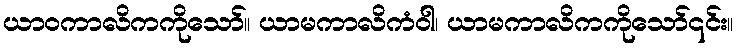
ယာဝကာလိကကိုသော်။ ယာမကာလိကံဝါ၊ ယာမကာလိကကိုသော်၎င်း။